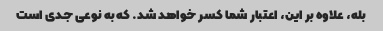
بله، علاوه بر این، اعتبار شما کسر خواهد شد. که به نوعی جدی است